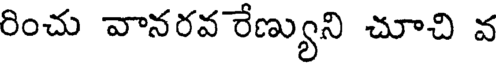
రించు వానరవ రేణ్యుని చూచి వ